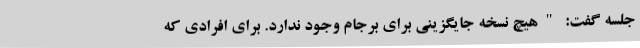
جلسه گفت: "هیچ نسخه جایگزینی برای برجام وجود ندارد. برای افرادی که